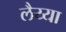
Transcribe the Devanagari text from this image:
लैय्या